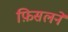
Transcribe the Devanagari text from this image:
फ़िसलने